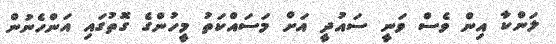
ލަންކާ އިން ވެސް ވަނީ ސައުދީ އަށް މަސައްކަތު މީހުންގެ ގޮތުގައި އަންހެނުން